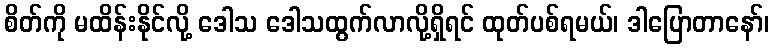
စိတ်ကို မထိန်းနိုင်လို့ ဒေါသ ဒေါသထွက်လာလို့ရှိရင် ထုတ်ပစ်ရမယ်၊ ဒါပြောတာနော်၊